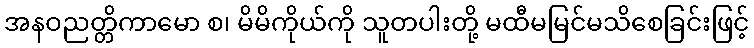
အနဝညတ္တိကာမော စ၊ မိမိကိုယ်ကို သူတပါးတို့ မထီမမြင်မသိစေခြင်းဖြင့်